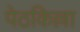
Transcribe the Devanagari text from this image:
पेठकिल्ला